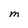
Character: M